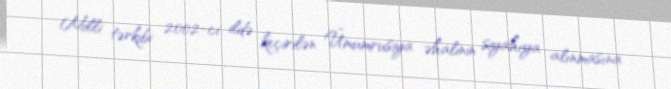
Milli tərkibi 2002-ci ildə keçirilən Ümumrusiya əhalinin siyahıya alınmasına